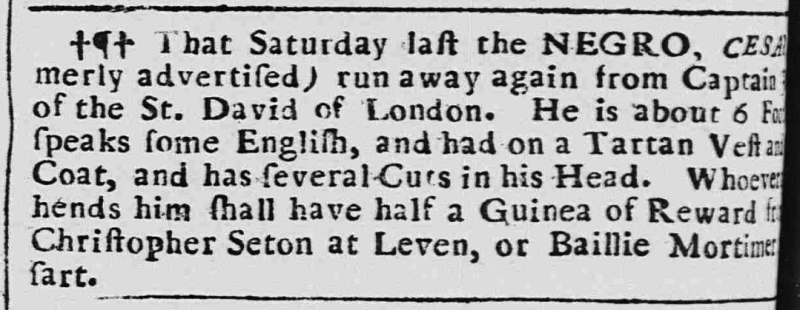
Caledonian Mercury, 10 April 1740 (Scotland)
That Saturday last the NEGRO, Cesa[r, (for]merly advertised) run away again from Captain [...] of the St. David of London. He is about 6 Fo[ot ...], speaks some English, and had on a Tartan Vest and [...] Coat, and has several Cuts in his Head. Whoever [appre]hends him shall have half a Guinea of Reward from Christopher Seton at Leven, or Baillie Mortimer [...]sart.